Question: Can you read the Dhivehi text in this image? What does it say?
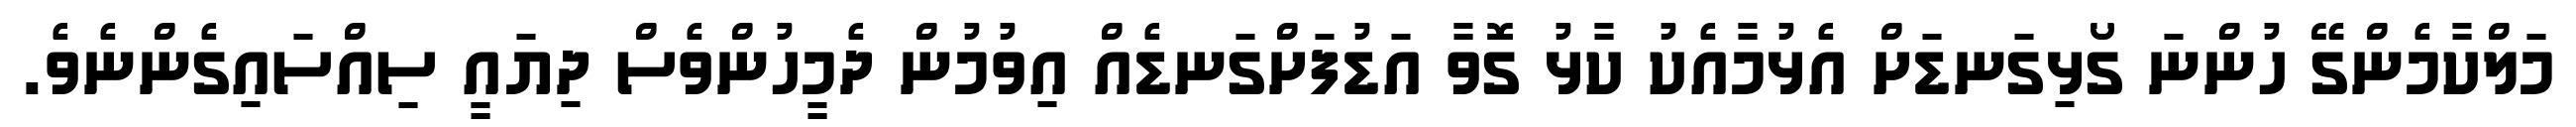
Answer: މަލްކާމެންގޭ ހުންނަ ގޯޅިގަނޑަށް އެޅުމާއެކު ކާޅު ގޮވާ އަޑުފަށްގަނޑެއް އިވުމުން ދެމީހުންވެސް ދިޔައީ ސިއްސައިގެންނެވެ.